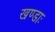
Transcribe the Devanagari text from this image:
खण्डाः